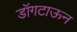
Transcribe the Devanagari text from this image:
डॉगटाऊन